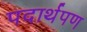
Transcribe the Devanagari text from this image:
पदार्थपण